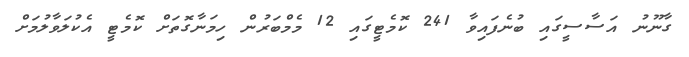
ގާނޫނު އަސާސީގައި ބުނެފައިވާ 241 ކޮމެޓީގައި 12 މެމްބަރުން ހިމަނާގޮތަށް ކޮމެޓީ އެކުލަވާލުމަށް